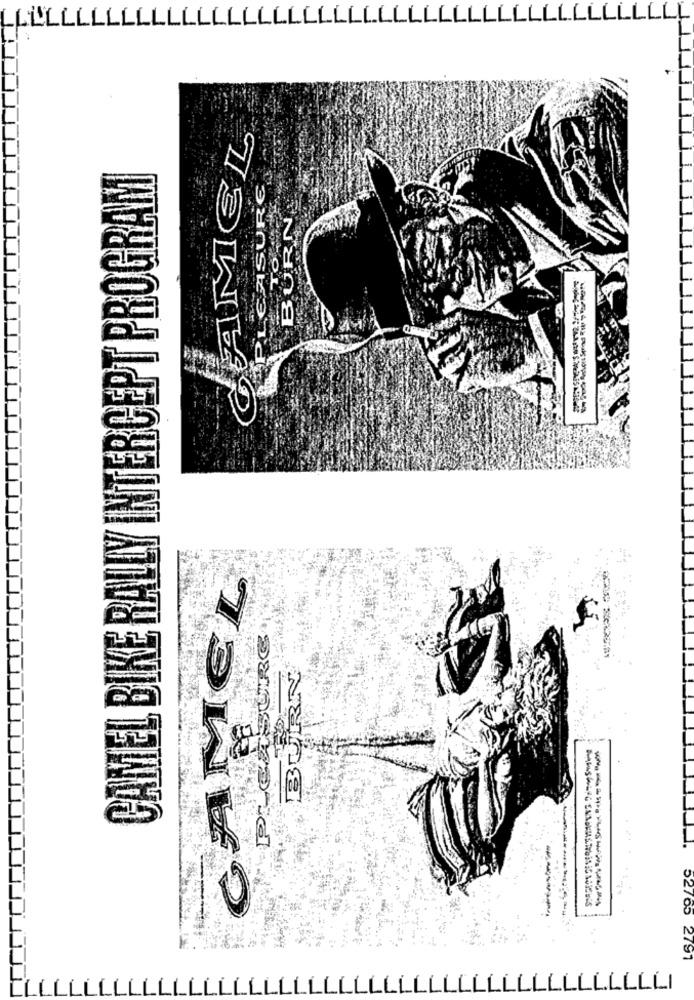
CAMEL BIKE RALLY INTERCEPT PROGRAM
PLEASURE
BURN
79WLP
SURE
52765 2791
LLLLLI